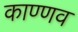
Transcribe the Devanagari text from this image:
काण्णव